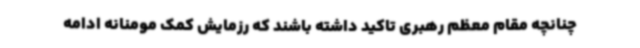
چنانچه مقام معظم رهبری تاکید داشته باشند که رزمایش کمک مومنانه ادامه